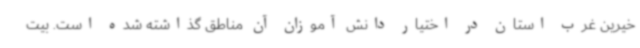
خیرین غرب استان در اختیار دانش آموزان آن مناطق گذاشته شده است. بیت